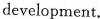
development.